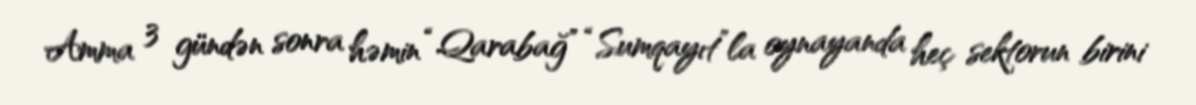
Amma 3 gündən sonra həmin “Qarabağ” “Sumqayıt”la oynayanda heç sektorun birini